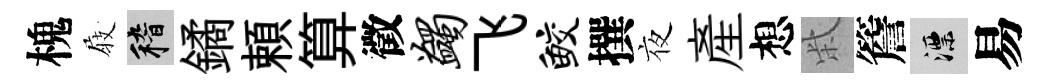
槐𡲆稽鐍頼算徵蠲飞鲛撰夜産想柴簷漂易